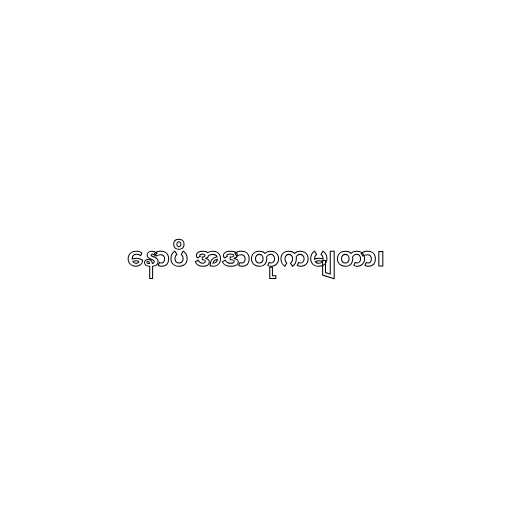
နောပိ အဒာတုကမျတာ၊